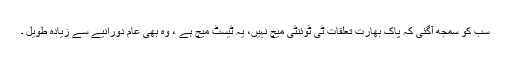
سب کو سمجھ آگئی کہ پاک بھارت تعلقات ٹی ٹوئنٹی میچ نہیں، یہ ٹیسٹ میچ ہے ، وہ بھی عام دورانیے سے زیادہ طویل ۔